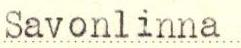
Savonlinna